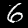
Digit: 6